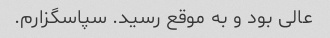
عالی بود و به موقع رسید. سپاسگزارم.